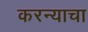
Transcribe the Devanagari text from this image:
करन्याचा